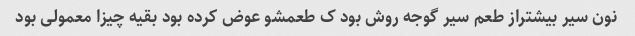
نون سیر بیشتراز طعم سیر گوجه روش بود ک طعمشو عوض کرده بود بقیه چیزا معمولی بود